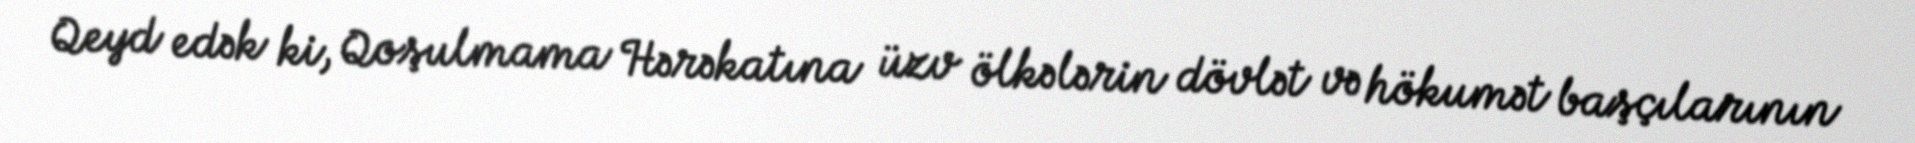
Qeyd edək ki, Qoşulmama Hərəkatına üzv ölkələrin dövlət və hökumət başçılarının